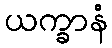
ယက္ခာနံ